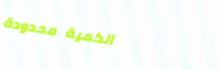
الكمية محدودة